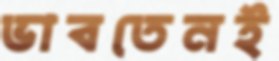
ভাবতেনই